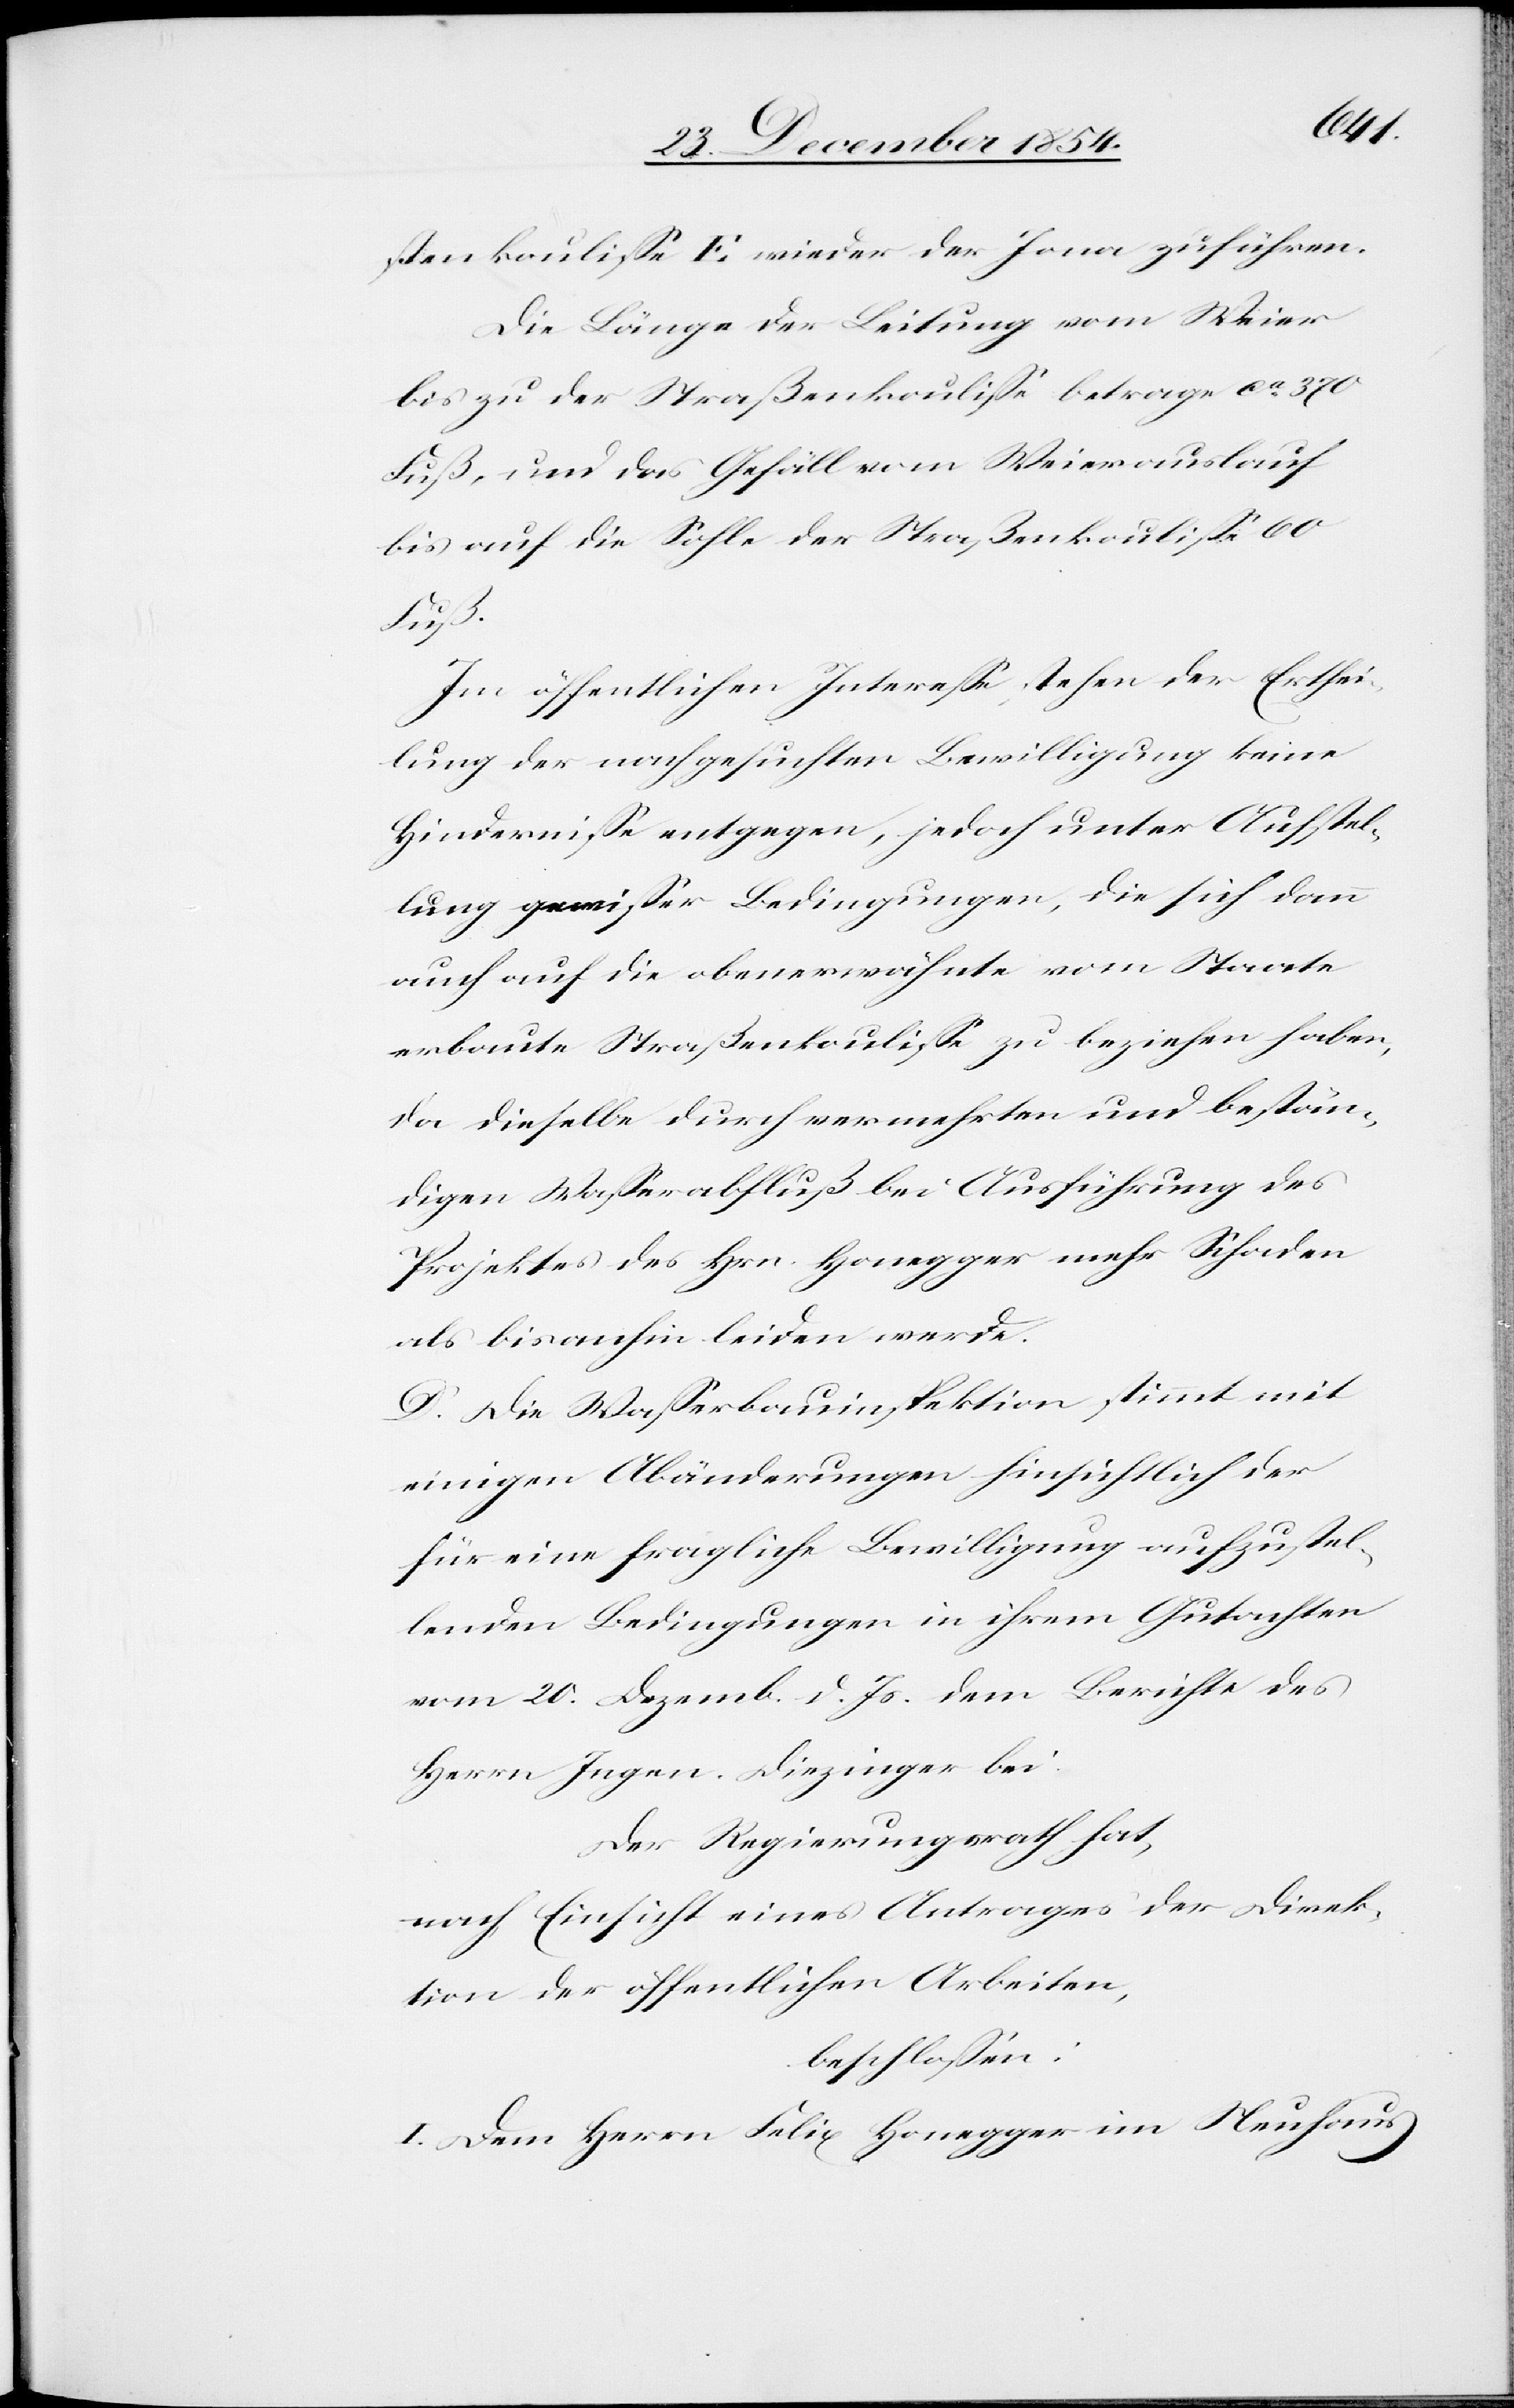
ßenkouliße E wieder der Jona zuführen.
Die Länge der Leitung vom Weier
bis zu der Straßenkouliße betrage ca 370
Fuß, und das Gefäll vom Weierauslauf
bis auf die Sohle der Straßenkouliße 60
Fuß.
Im öffentlichen Intereße stehen der Erthei¬
lung der nachgesuchten Bewilligung keine
Hinderniße entgegen, jedoch unter Aufstel¬
lung gewißer Bedingungen, die sich dann
auch auf die obenerwähnte vom Staate
erbaute Straßenkouliße zu beziehen haben,
da dieselbe durch vermehrten und bestän¬
digen Waßerabfluß bei Ausführung des
Projektes des Hrn. Honegger mehr Schaden
als bisanhin leiden werde.
D. Die Waßerbauinspektion stimmt mit
einigen Abänderungen hinsichtlich der
für eine fragliche Bewilligung aufzustel¬
lenden Bedingungen in ihrem Gutachten
vom 20. Dezemb. d. Js. dem Berichte des
Herrn Ingen. Diezinger bei.
Der Regierungsrath hat,
nach Einsicht eines Antrages der Direk¬
tion der öffentlichen Arbeiten,
beschloßen:
I. Dem Herrn Felix Honegger im Neuhaus